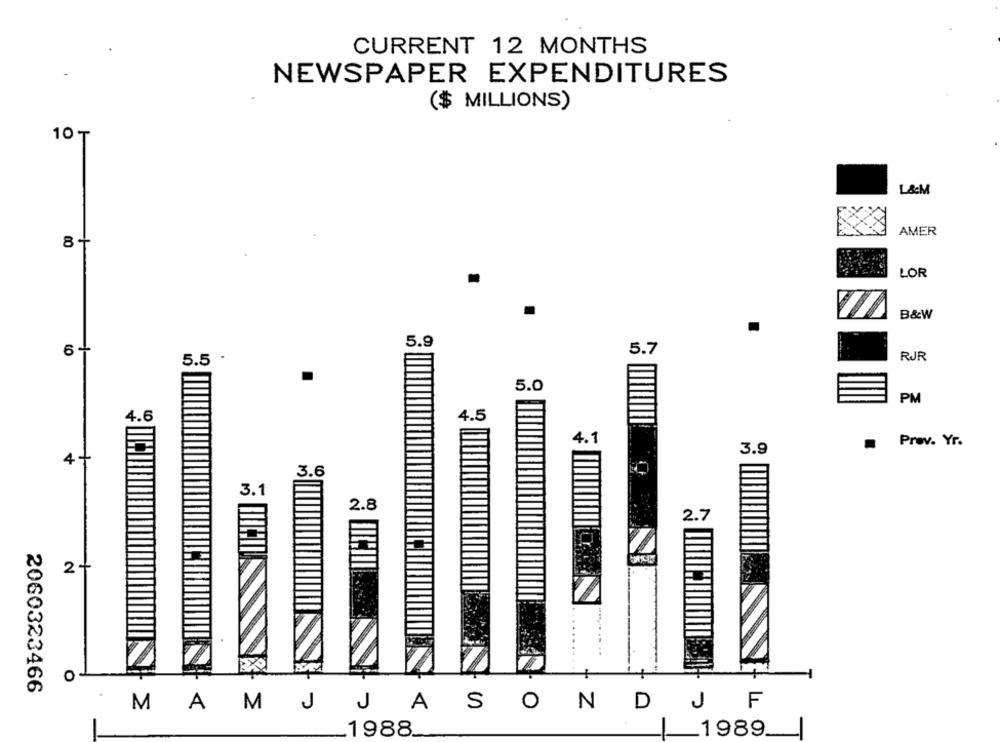
CURRENT 12 MONTHS
NEWSPAPER EXPENDITURES
($ MILLIONS)
10 ₸
L&M
AMER
LOR
B&W
5.9
5.7
RJR
5.5 .
5.0
PM
4.5
4.6
4.1
Prev. Yr.
3.9
4+
3.6
3.1
2.8
2.7
0
2060323466
S
O
N
D
J
F
MAMJ
J
A
1988
1989